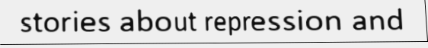
stories about repression and